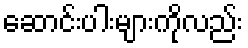
ဆောင်းပါးများကိုလည်း